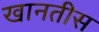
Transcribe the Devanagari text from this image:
खानतीस